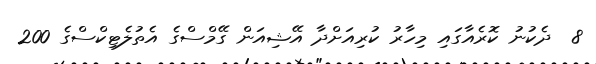
8  ދެކުނު ކޮރެއާގައި މިހާރު ކުރިއަށްދާ އޭޝިއަން ގޭމްސްގެ އެތުލެޓިކްސްގެ 200